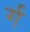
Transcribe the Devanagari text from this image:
र्ग